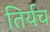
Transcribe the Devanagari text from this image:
तिर्यच